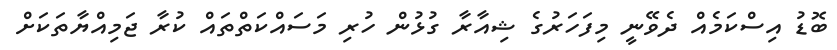
ބޮޑު އިސްކަމެއް ދެވޭނީ މިފަހަރުގެ ޝިއާރާ ގުޅުން ހުރި މަަސައްކަތްތައް ކުރާ ޖަމިއްޔާތަކަށް